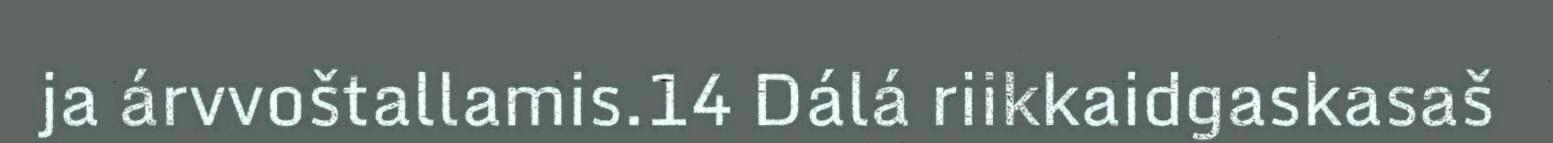
ja árvvoštallamis.14 Dálá riikkaidgaskasaš